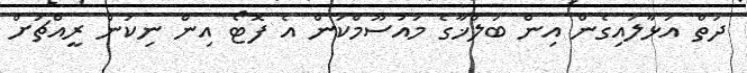
ދަތް އަޅާލައިގެން އިން ބަލްޚާގެ މައުސޫމްކަން އެ ފޮޓޯ އިން ނިކަން ރީއްޗަށް